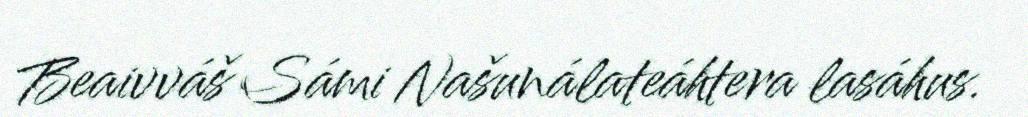
Beaivváš Sámi Našunálateáhtera lasáhus.